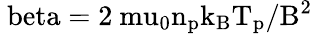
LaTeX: \mathrm{\ beta=2\ mu_{0}n_{p}k_{B}T_{p}/B^{2}}